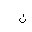
Letter: _non